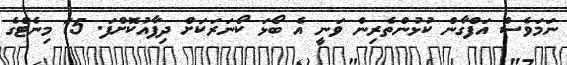
ނަމަވެސް އަފްގާން ކުޅުންތެރިން ވަނީ އެ ބޯޅަ ކޯނަރަކަށް ދިފާއުކޮށްފަ. 15 މިނެޓްގެ